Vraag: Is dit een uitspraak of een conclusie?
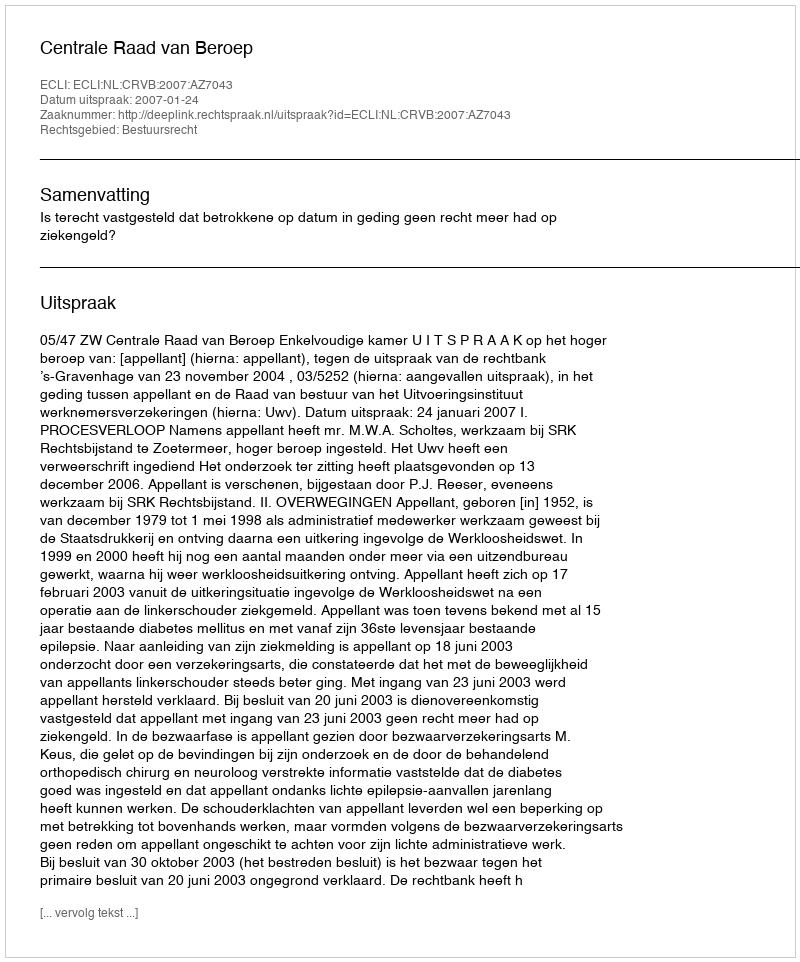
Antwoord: Uitspraak